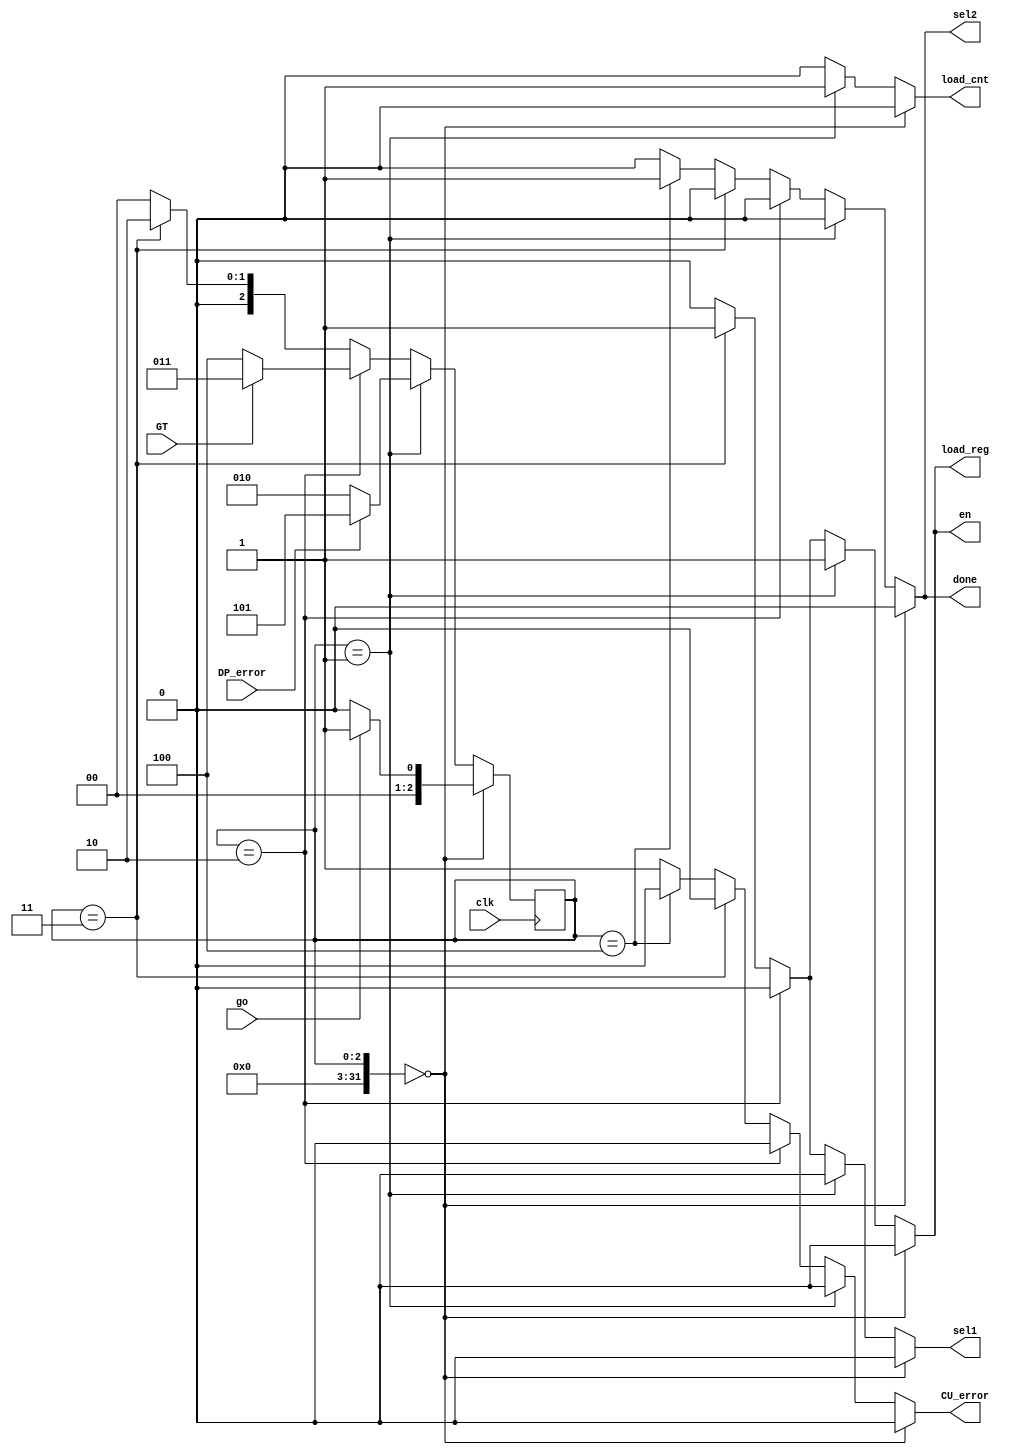
`timescale 1ns / 1ps
//////////////////////////////////////////////////////////////////////////////////
// Company: 
// Engineer: 
// 
// Design Name: 
// Module Name: CU
// Project Name: 
// Target Devices: 
// Tool Versions: 
// Description: 
// 
// Dependencies: 
// 
// Revision:
// Revision 0.01 - File Created
// Additional Comments:
// 
//////////////////////////////////////////////////////////////////////////////////


/* Source Code for the Building Blocks Used */
//NEW********************
module CU(
    input go,
    input clk,
    input GT,
    input DP_error,
    output reg load_cnt,
    output reg en,
    output reg load_reg,
    output reg sel1,
    output reg sel2,
    output reg done,
    output reg CU_error
);

integer state0 = 3'b000;
integer state1 = 3'b001;
integer state2 = 3'b010;
integer state3 = 3'b011;
integer state4 = 3'b100;
integer state5 = 3'b101;

reg [2:0] cs = 3'b000;
reg [2:0] ns;

//reg [6:0] cw;
//always@(cw){load_cnt, en, load_reg, sel1, sel2, done, CU_error} = cw;
// cw stands for control word. This control word refers to each output bit sent by the CU to the DP

always@(posedge clk) 
    cs <= ns;

always@(*) begin 
    case (cs) 
        state0: begin 
                    done = 0;
                    CU_error = 0;
                    load_cnt = 0;
                    en = 0;
                    load_reg = 0;
                    sel1 = 0;
                    sel2 = 0;
                    if(!go) 
                        ns = state0;
                    else 
                        ns = state1;
                end
        state1: begin 
                    done = 0;
                    CU_error = 0;
                    load_cnt = 1;
                    en = 1;
                    load_reg = 1;
                    sel1 = 0;
                    sel2 = 0;
                    if(DP_error) 
                        ns = state5;
                    else 
                        ns = state2;
                end
        state2: begin
                    done = 0;
                    CU_error = 0;
                    load_cnt = 0;
                    en = 0;
                    load_reg = 0;  // updated
                    sel1 = 0;   //updated
                    sel2 = 0;
                    if(GT) 
                        ns = state3;
                    else 
                        ns = state4;
                end
        state3: begin
                    done = 0;
                    CU_error = 0;
                    load_cnt = 0;
                    en = 1;
                    load_reg = 1;
                    sel1 = 1;
                    sel2 = 0;
                    ns = state2;
                end
        state4: begin
                    done = 1;
                    CU_error = 0;
                    load_cnt = 0;
                    en = 0;
                    load_reg = 0;
                    sel1 = 0;
                    sel2 = 1;
                    ns = state0;     
                end
        state5: begin
                    done = 0;
                    CU_error = 1;
                    load_cnt = 0;
                    en = 0;
                    load_reg = 0;
                    sel1 = 0;
                    sel2 = 0;
                    ns = state0;     
                end
         default: begin
                    done = 0;
                    CU_error = 1;
                    load_cnt = 0;
                    en = 0;
                    load_reg = 0;
                    sel1 = 0;
                    sel2 = 0;
                    ns = state0;
                end
    
    endcase
    end
endmodule